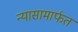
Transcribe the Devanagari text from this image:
न्यासामार्फत